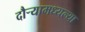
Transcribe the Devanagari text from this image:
दौर्‍यामध्यल्या